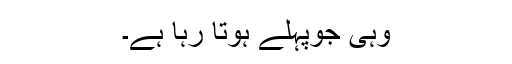
وہی جوپہلے ہوتا رہا ہے۔